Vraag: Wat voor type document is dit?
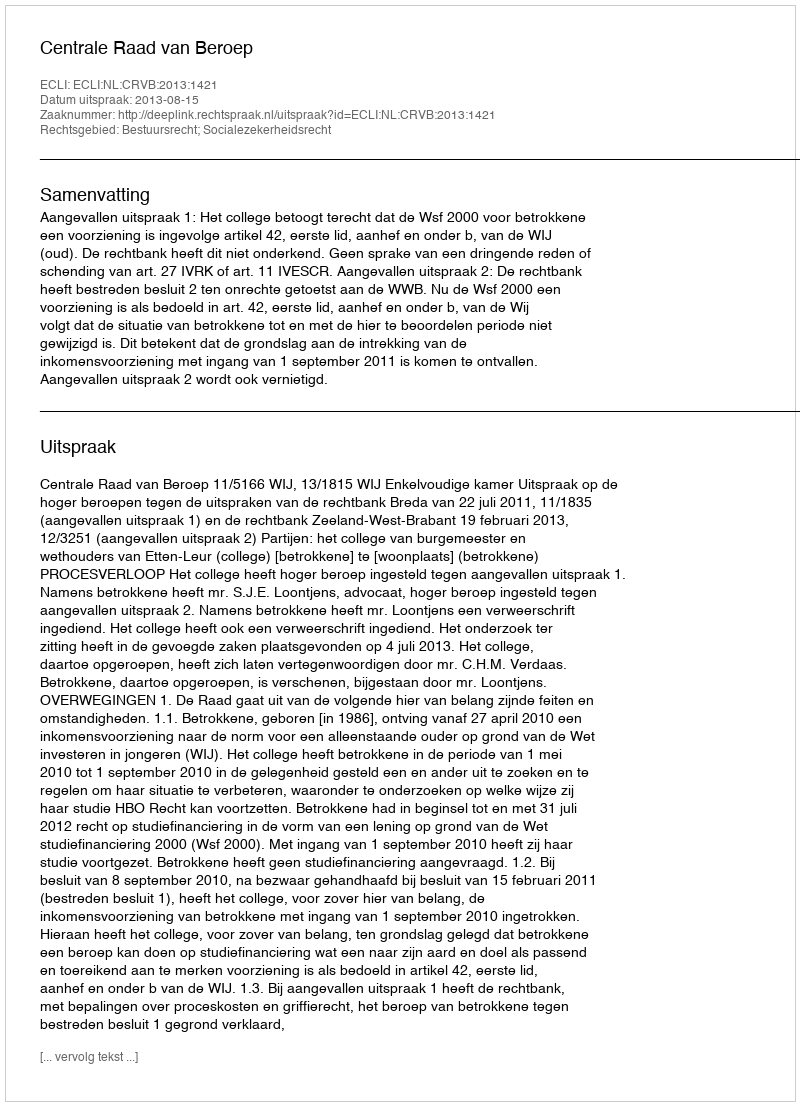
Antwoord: Uitspraak